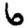
Digit: 6